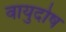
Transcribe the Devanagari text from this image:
वायुदोष